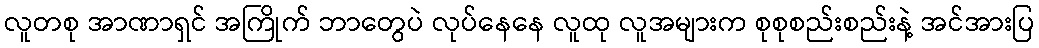
လူတစု အာဏာရှင် အကြိုက် ဘာတွေပဲ လုပ်နေနေ လူထု လူအများက စုစုစည်းစည်းနဲ့ အင်အားပြ